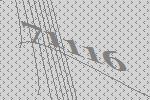
71116